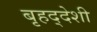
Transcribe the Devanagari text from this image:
बृहद्‌देशी